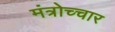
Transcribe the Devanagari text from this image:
मंत्रोच्‍चार